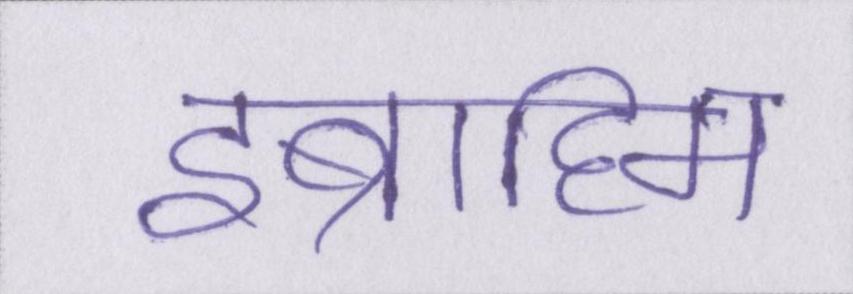
इब्राहिम